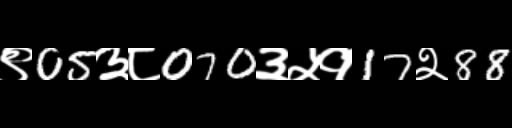
Text: ९05३८070३५१17२88